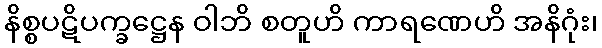
နိစ္စပဋိပက္ခဋ္ဌေန ဝါဘိ စတူဟိ ကာရဏေဟိ အနိဂုံး၊